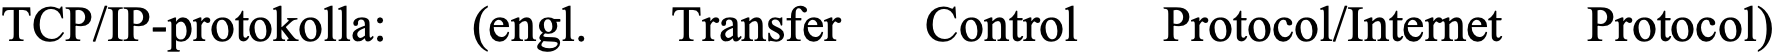
TCP/IP-protokolla: (engl. Transfer Control Protocol/Internet Protocol)